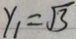
y _ { 1 } = \sqrt { 3 }